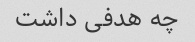
چه هدفی داشت